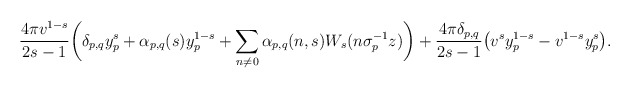
\begin{align*}&\frac{4\pi v^{1-s}}{2s-1}\bigg(\delta_{p,q}y_{p}^{s}+\alpha_{p,q}(s)y_{p}^{1-s}+\sum_{n\not = 0}\alpha_{p,q}(n,s)W_{s}(n\sigma_{p}^{-1}z)\bigg)+\frac{ 4\pi\delta_{p,q}}{2s-1}\big(v^{s}y_{p}^{1-s}-v^{1-s}y_{p}^{s}\big).\end{align*}